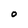
Character: O